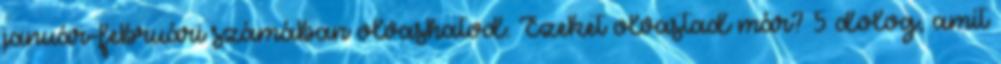
január-februári számában olvashatod. Ezeket olvastad már? 5 dolog, amit